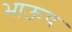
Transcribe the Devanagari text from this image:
भाऊच